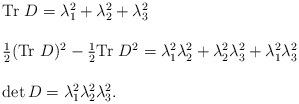
LaTeX: \begin{align*}\begin{array}{l}{\rm Tr}~ D = \lambda_1^2+\lambda_2^2+\lambda_3^2 \\ \\\frac{1}{2}({\rm Tr}~ D)^2 - \frac{1}{2}{\rm Tr}~ D^2 =\lambda_1^2\lambda_2^2+\lambda_2^2\lambda_3^2+\lambda_1^2\lambda_3^2\\ \\\det D = \lambda_1^2 \lambda_2^2 \lambda_3^2.\end{array}\end{align*}